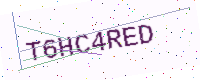
Text: T6HC4RED